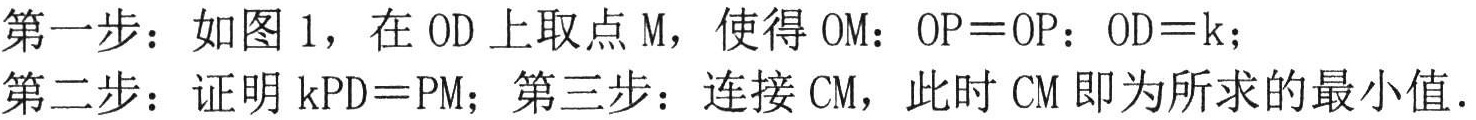
第一步：如图1，在\(OD\)上取点\(M\)，使得\(OM：OP = OP：OD = k\)；
第二步：证明\(kPD = PM\)；第三步：连接\(CM\)，此时\(CM\)即为所求的最小值.